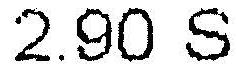
2.90 S